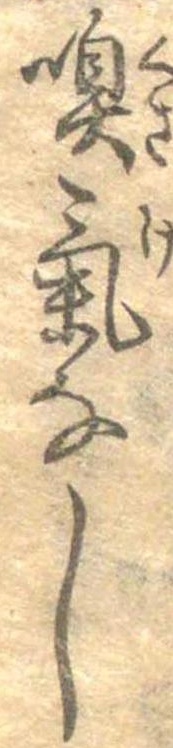
嗅気なし